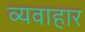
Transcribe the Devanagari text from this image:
व्यवाहार